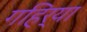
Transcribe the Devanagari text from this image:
गहिर्‍या